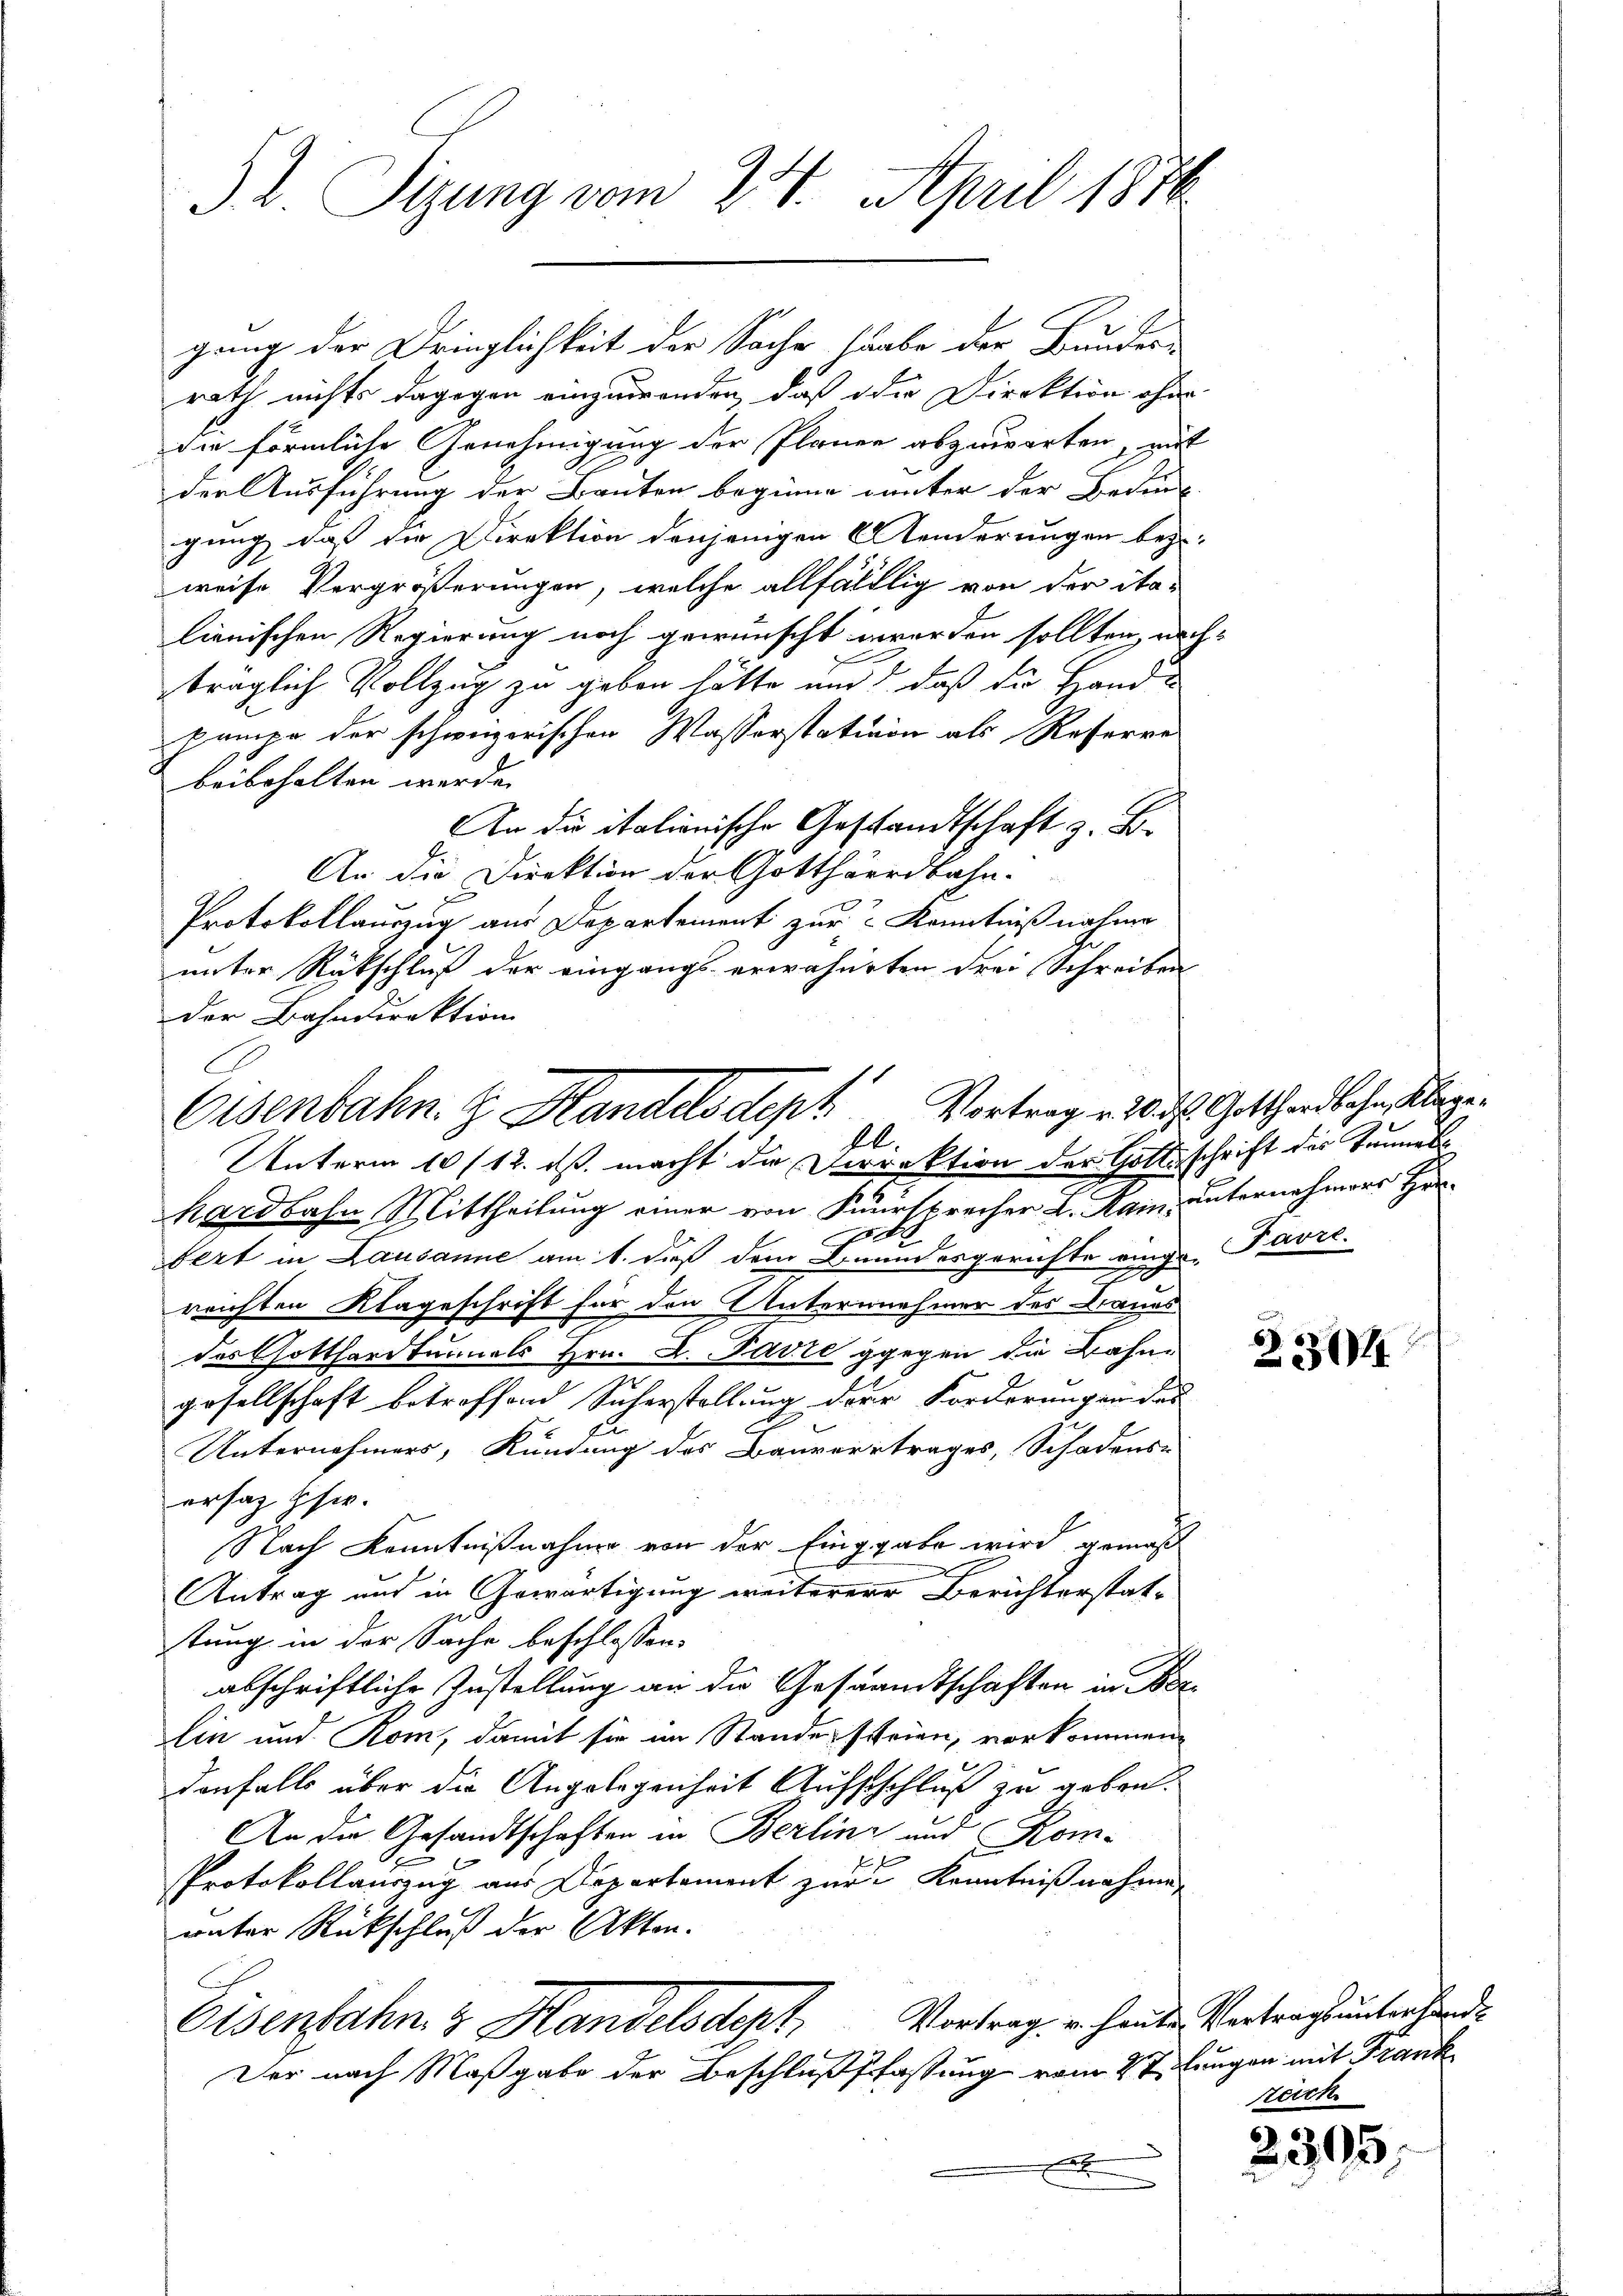
52. Sizung vom 24. April 1816.

gung der Dringlichkeit der Sache, stabe der Bundern
rath nichts dagegen einzuwenden, daß die Direktion ohne
die förmliche Genehmigung der Planen abzuwarten, mit
der Ausführung der Bauten beginne unter der Beding
gung, daß die Direktion denjenigen Aenderungen bez
weise Vergrößerungen, welche allfälllig von der ita-
lienischen Regierung noch gewünscht worden sollten, nachträglich Vollzug zu geben hätte und daß die Hand-
Pampe der schweizerischen Wasserstation als Reserre
beibehalten werde.
An die italionische Gestandtschaft z. B.
An die Direktion der Gotthärrdbahn.
Protokollauszug aus Departement zur Kenntniß nahme
unter Rückschluß der eingangs erwähneten drei Schreiben
der Bahndirektion
Unterm 10 (12. ds. macht die Dirrektion der Gottschrift des Tunnels
hardbahn Mittheilung einer von Fürsprecher L. Kain, unternehmers Her-
bert in Lausanne am 1. dieß dem Beundesgerichte einge, Favre.
7
reichten Klageschrift für den Unternnehmer des Brauns
des Gotthardtunals Hrn. L. Favre gegen die Bahngesellschaft betreffend Sicherstellung der Forderungen das
Unternehmers, Kündung des Bauvertrages, Schadens-
ersag schw.
Nach Kenntnißnahme von der Eingabe wird gemäß
x
Antrag aus in Gewärtigung weiterere Berichterstatstung in der Sache beschlossen:
abschriftliche Zustellung an die Gesandtschaften in Berlin und Rom, damit sie im Stande steien, vorkommen,
denfalls über die Angelegenheit Aufschluß zu geben.
An die Gesandtschaften in Berlin und Kom-
f
Protokollauszug aus Departement zur Kenntnißnahme,
wüter Rückschluß der Akten.
Vortrag u. heute Vertrags unterhande
Oesenbahn zu Handelsdept.
Der nach Maßgabe der Beschlußfassung vom 2t Jungen mit Frank
x

Osenbahn. G. Handels Sept
fl.

Vortrag v. 20. d. Gotthardbahn, Klage¬

2304

zeich

u

395